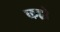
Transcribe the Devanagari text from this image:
कहृो